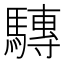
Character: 𲋿